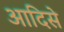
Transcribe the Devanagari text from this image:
आदिसे